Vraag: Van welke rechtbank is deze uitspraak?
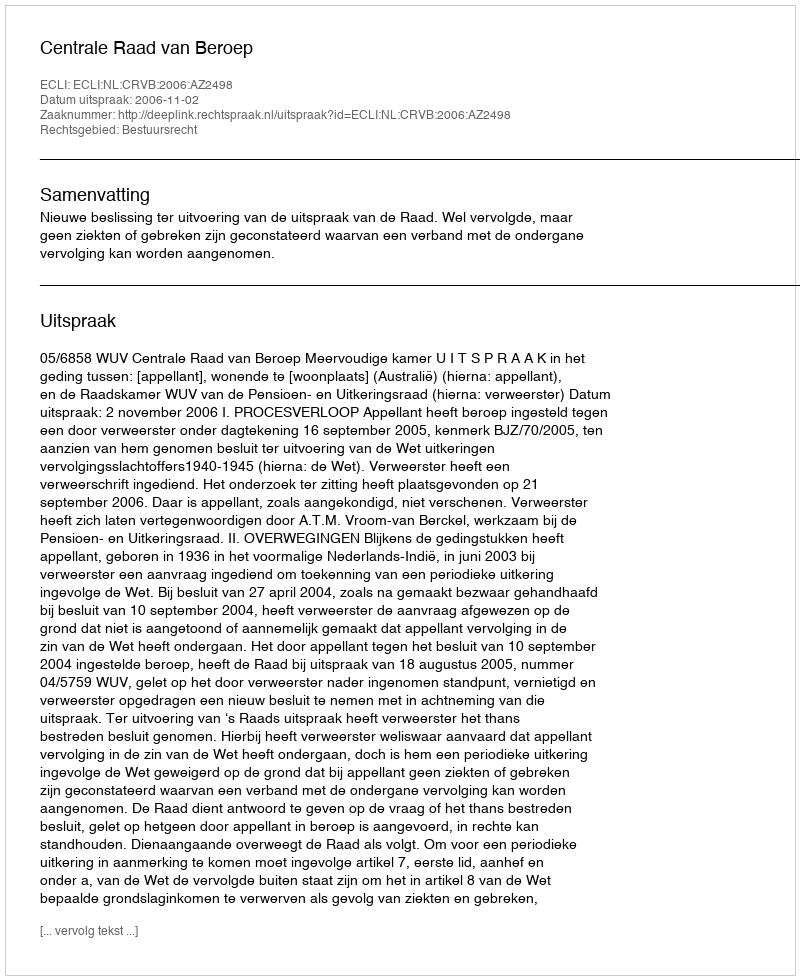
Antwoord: Centrale Raad van Beroep